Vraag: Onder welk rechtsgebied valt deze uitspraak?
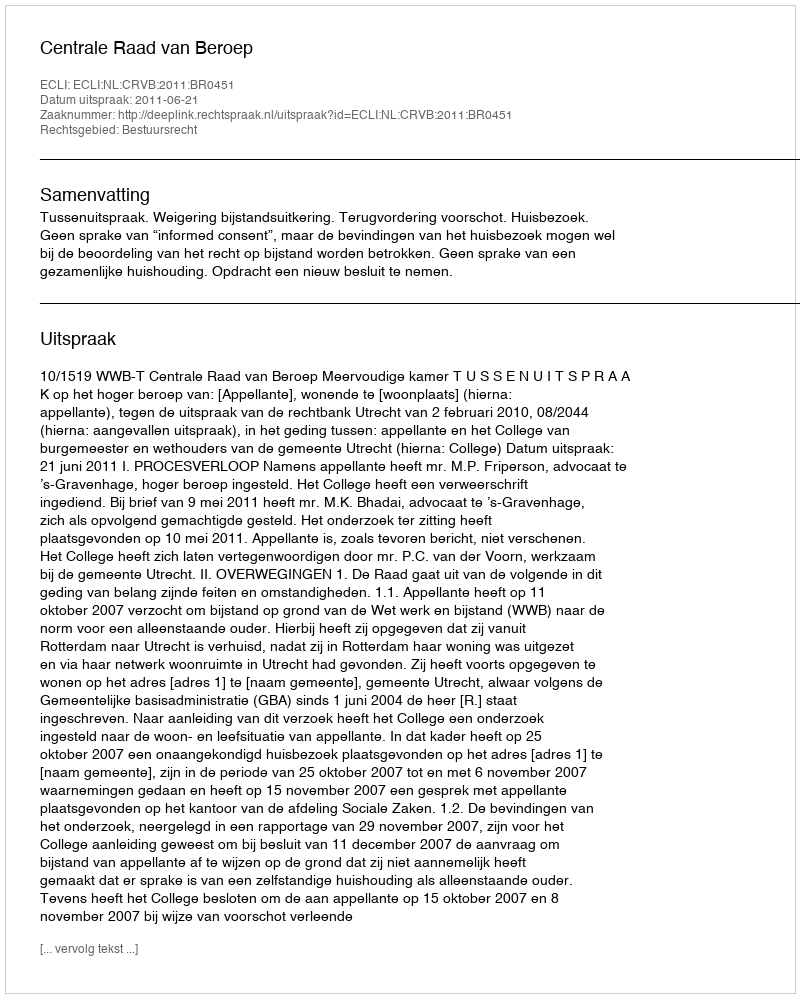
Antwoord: Bestuursrecht